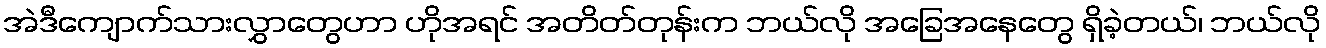
အဲဒီကျောက်သားလွှာတွေဟာ ဟိုအရင် အတိတ်တုန်းက ဘယ်လို အခြေအနေတွေ ရှိခဲ့တယ်၊ ဘယ်လို